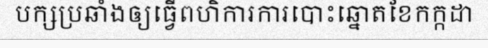
បក្សប្រឆាំងឲ្យធ្វើពហិការការបោះឆ្នោតខែកក្កដា